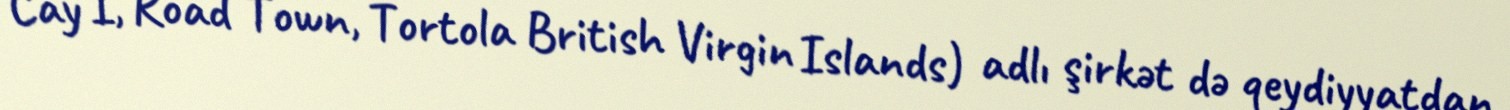
Cay I, Road Town, Tortola British Virgin Islands) adlı şirkət də qeydiyyatdan